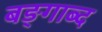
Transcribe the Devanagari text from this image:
बङ्गाब्द